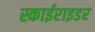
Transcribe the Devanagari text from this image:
स्काईराइडर